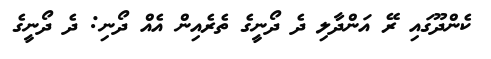
ކެންދޫގައި ރޭ އަންދާލި ދެ ދޯނީގެ ތެރެއިން އެއް ދޯނި: ދެ ދޯނީގެ